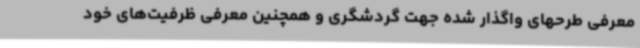
معرفی طرحهای واگذار شده جهت گردشگری و همچنین معرفی ظرفیت‌های خود